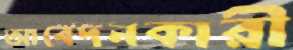
আবেদনকারী